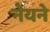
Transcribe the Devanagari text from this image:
नेयने